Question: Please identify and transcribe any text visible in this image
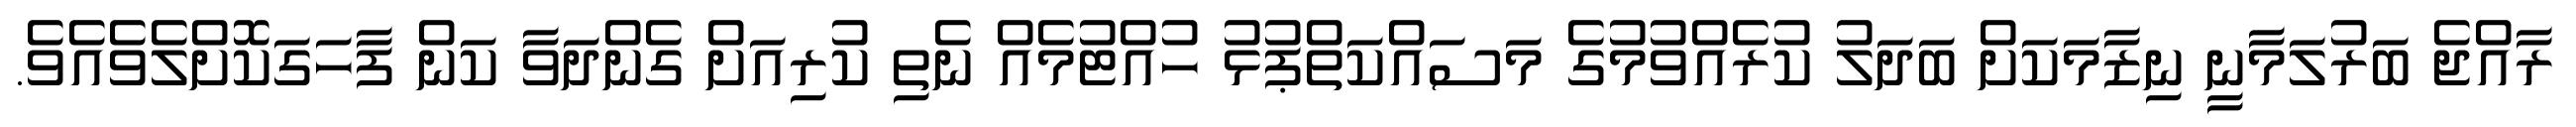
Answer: ރާއްޖެ ބަރުލަމާނީ ނިޒާމަކަށް ބަދަލު ކުރެއްވުމުގެ މަސައްކަތްޕުޅު ހުއްޓުމެއް ނެތި ކުރިއަށް ގެންދަވާ ކަން ފާހަގަކޮށްލެވެއެވެ.